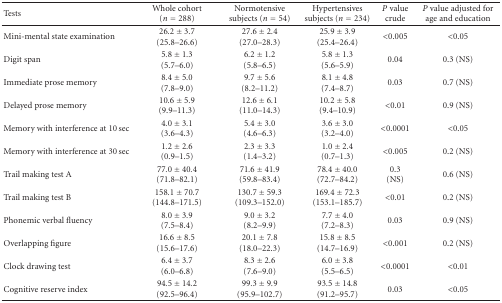
<table><thead><tr><td><b> Tests</b></td><td><b> Whole cohort (<i>n</i> = 288)</b></td><td><b> Normotensive subjects (<i>n</i> = 54)</b></td><td><b> Hypertensives subjects (<i>n</i> = 234)</b></td><td><b><i>P</i> value crude</b></td><td><b><i>P</i> value adjusted for age and education</b></td></tr></thead><tbody><tr><td> Mini-mental state examination</td><td>26.2 ± 3.7(25.8–26.6)</td><td>27.6 ± 2.4 (27.0–28.3)</td><td>25.9 ± 3.9 (25.4–26.4)</td><td> &lt;0.005</td><td> &lt;0.05</td></tr><tr><td> Digit span</td><td>5.8 ± 1.3 (5.7–6.0)</td><td>6.2 ± 1.2 (5.8–6.5)</td><td>5.8 ± 1.3 (5.6–5.9)</td><td> 0.04</td><td> 0.3 (NS)</td></tr><tr><td> Immediate prose memory</td><td>8.4 ± 5.0 (7.8–9.0)</td><td>9.7 ± 5.6 (8.2–11.2)</td><td>8.1 ± 4.8 (7.4–8.7)</td><td> 0.03</td><td> 0.7 (NS)</td></tr><tr><td> Delayed prose memory</td><td>10.6 ± 5.9 (9.9–11.3)</td><td>12.6 ± 6.1 (11.0–14.3)</td><td>10.2 ± 5.8 (9.4–10.9)</td><td> &lt;0.01</td><td> 0.9 (NS)</td></tr><tr><td> Memory with interference at 10 sec</td><td>4.0 ± 3.1 (3.6–4.3)</td><td>5.4 ± 3.0 (4.6–6.3)</td><td>3.6 ± 3.0 (3.2–4.0)</td><td> &lt;0.0001</td><td> &lt;0.05</td></tr><tr><td> Memory with interference at 30 sec</td><td>1.2 ± 2.6 (0.9–1.5)</td><td>2.3 ± 3.3 (1.4–3.2)</td><td>1.0 ± 2.4 (0.7–1.3)</td><td> &lt;0.005</td><td> 0.2 (NS)</td></tr><tr><td> Trail making test A</td><td>77.0 ± 40.4 (71.8–82.1)</td><td>71.6 ± 41.9 (59.8–83.4)</td><td>78.4 ± 40.0 (72.7–84.2)</td><td> 0.3 (NS)</td><td> 0.6 (NS)</td></tr><tr><td> Trail making test B</td><td>158.1 ± 70.7 (144.8–171.5)</td><td>130.7 ± 59.3 (109.3–152.0)</td><td>169.4 ± 72.3 (153.1–185.7)</td><td> &lt;0.01</td><td> 0.2 (NS)</td></tr><tr><td> Phonemic verbal fluency</td><td>8.0 ± 3.9 (7.5–8.4)</td><td>9.0 ± 3.2 (8.2–9.9)</td><td>7.7 ± 4.0 (7.2–8.3)</td><td> 0.03</td><td>0.9 (NS)</td></tr><tr><td> Overlapping figure</td><td>16.6 ± 8.5 (15.6–17.6)</td><td>20.1 ± 7.8 (18.0–22.3)</td><td>15.8 ± 8.5 (14.7–16.9)</td><td> &lt;0.001</td><td> 0.2 (NS)</td></tr><tr><td> Clock drawing test</td><td>6.4 ± 3.7 (6.0–6.8)</td><td>8.3 ± 2.6 (7.6–9.0)</td><td>6.0 ± 3.8 (5.5–6.5)</td><td> &lt;0.0001</td><td> &lt;0.01</td></tr><tr><td> Cognitive reserve index</td><td>94.5 ± 14.2 (92.5–96.4)</td><td>99.3 ± 9.9 (95.9–102.7)</td><td>93.5 ± 14.8 (91.2–95.7)</td><td> 0.03</td><td> &lt;0.05</td></tr></tbody></table>